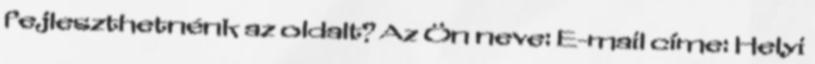
fejleszthetnénk az oldalt? Az Ön neve: E-mail címe: Helyi